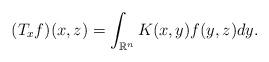
LaTeX: \begin{align*} (T_xf)(x,z)=\int_{\mathbb{R}^n}K(x,y)f(y,z)dy. \end{align*}